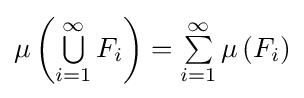
\mu \left(\textstyle \bigcup \limits _{i=1}^{\infty }F_{i}\right)=\textstyle \sum \limits _{i=1}^{\infty }\mu \left(F_{i}\right)